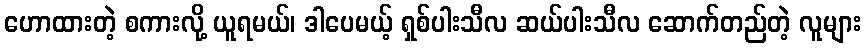
ဟောထားတဲ့ စကားလို့ ယူရမယ်၊ ဒါပေမယ့် ရှစ်ပါးသီလ ဆယ်ပါးသီလ ဆောက်တည်တဲ့ လူများ